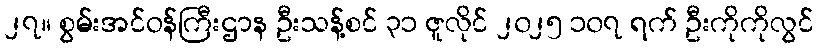
၂၇။ စွမ်းအင်ဝန်ကြီးဌာန ဦးသန့်စင် ၃၁ ဇူလိုင် ၂၀၂၅ ၁၀၇ ရက် ဦးကိုကိုလွင်